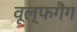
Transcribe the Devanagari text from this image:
वूल्फगैंग